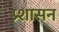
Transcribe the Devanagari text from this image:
प्र्शासन